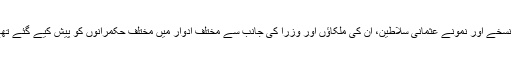
یہ نسخے اور نمونے عثمانی سلاطین، ان کی ملکاؤں اور وزرا کی جانب سے مختلف ادوار میں مختلف حکمرانوں کو پیش کیے گئے تھے۔